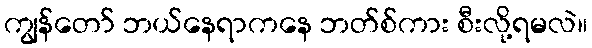
ကျွန်တော် ဘယ်နေရာကနေ ဘတ်စ်ကား စီးလို့ရမလဲ။